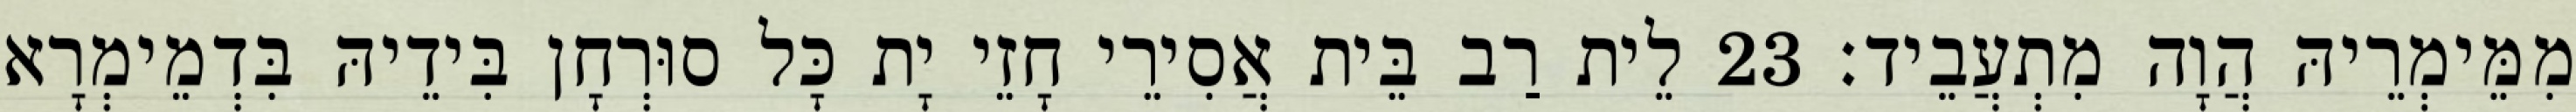
מִמֵּימְרֵיהּ הֲוָה מִתְעֲבֵיד׃ 23 לֵית רַב בֵּית אֲסִירֵי חָזֵי יָת כָּל סוּרְחָן בִּידֵיהּ בִּדְמֵימְרָא